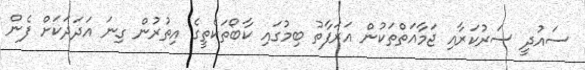
ސައުދީ ސަރުކަރާއި ޖަމާއަތްތަކުން އަރަފާތު ބިމުގައި ކާބޯތަކެތީގެ އިތުރުން ގިނަ އަދަދަކަށް ފެން